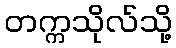
တက္ကသိုလ်သို့